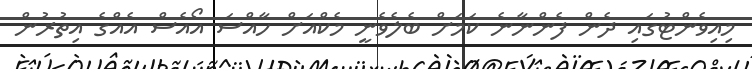
މިއިވެންޓުގައި ދެން ފެންނާނެ ކަމަށް ބެލެވެނީ މެކްއަށް ހާއްސަ އޯއެސް އެއްގެ އިތުރުން